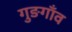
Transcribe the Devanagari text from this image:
गुङगाँव